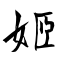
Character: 姬